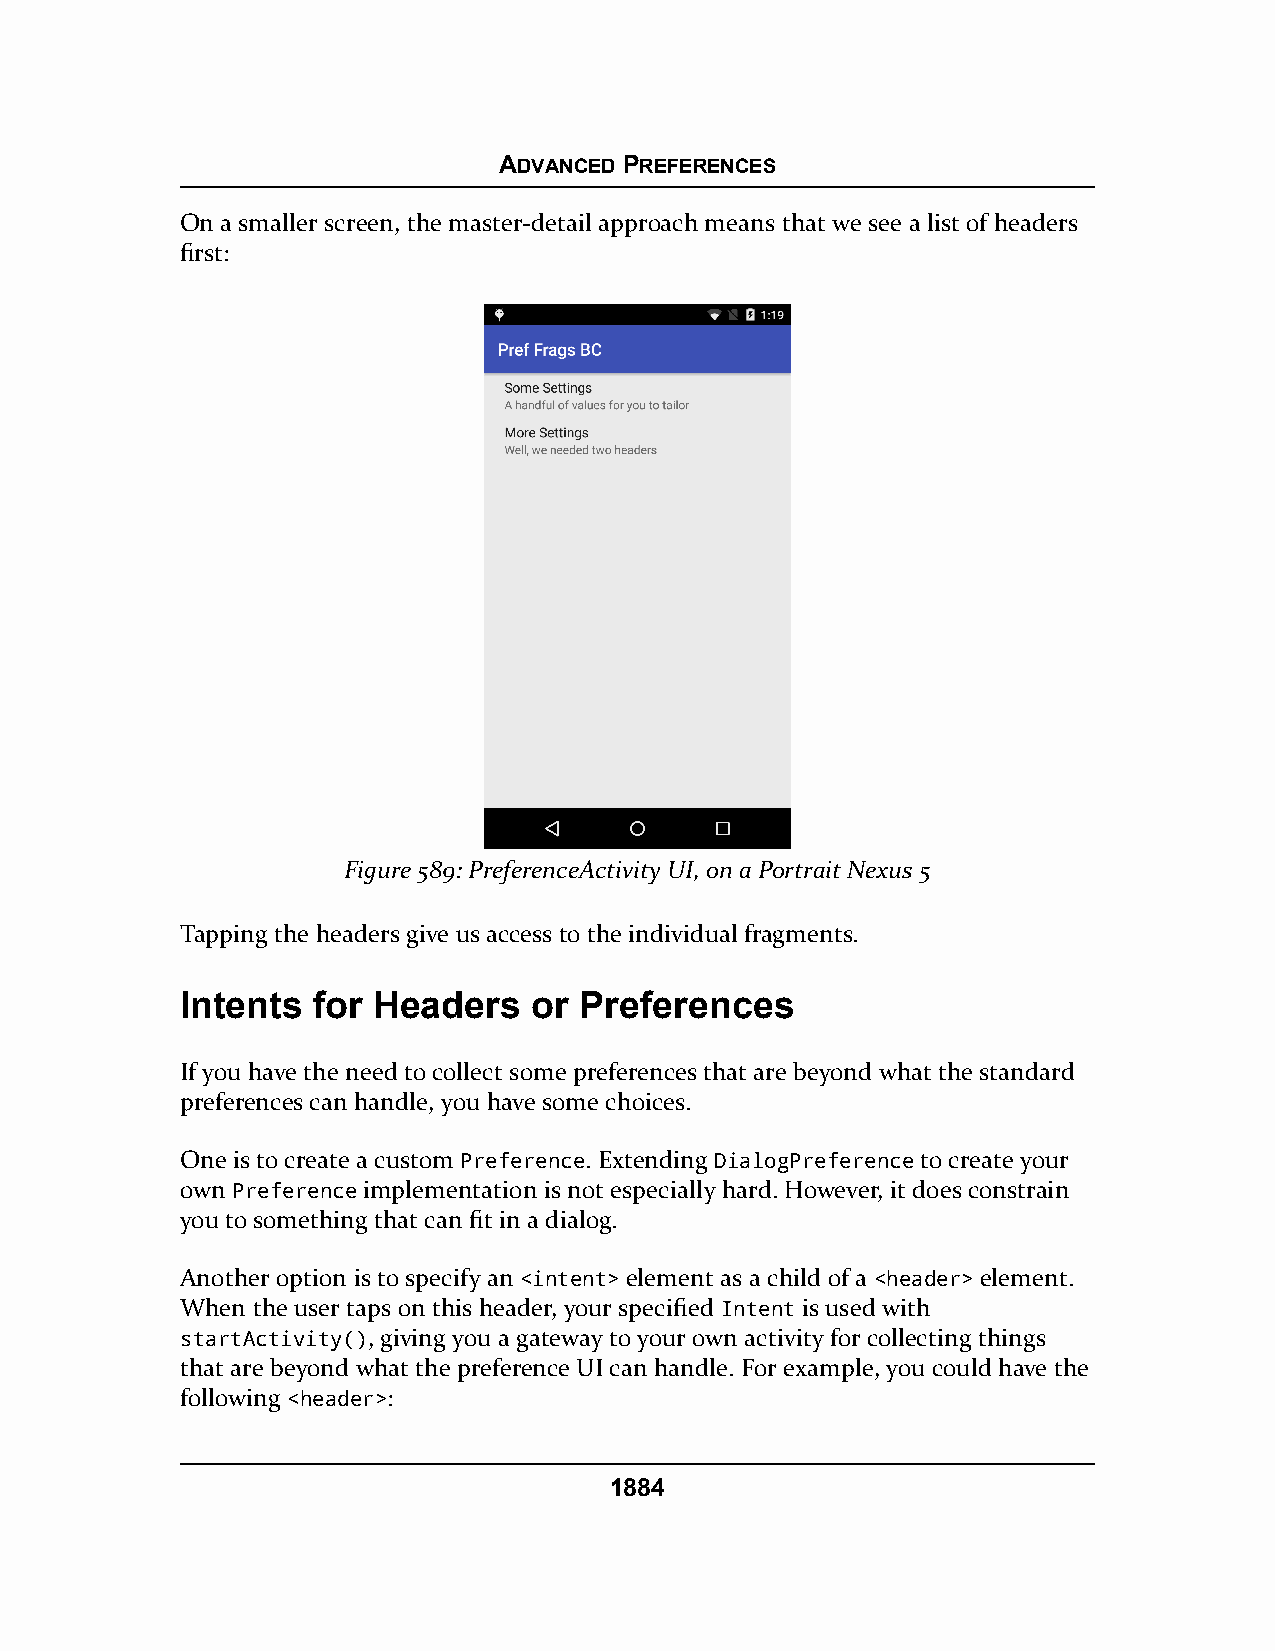
ADVANCED PREFERENCES
 On a smaller screen, the master-detail approach means that we see a list of headers
 first:
 Figure 589: PreferenceActivity UI, on a Portrait Nexus 5
 Tapping the headers give us access to the individual fragments.
 Intents  for Headers   or Preferences
 If you have the need to collect some preferences that are beyond what the standard
 preferences can handle, you have some choices.
 One is to create a custom Preference. Extending DialogPreference to create your
 own Preference implementation is not especially hard. However, it does constrain
 you to something that can fit in a dialog.
 Another option is to specify an <intent> element as a child of a <header> element.
 When the user taps on this header, your specified Intent is used with
 startActivity(), giving you a gateway to your own activity for collecting things
 that are beyond what the preference UI can handle. For example, you could have the
 following <header>:
 1884